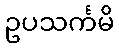
ဥပသင်္ကမိ